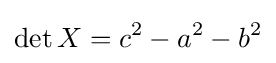
\det X=c^{2}-a^{2}-b^{2}